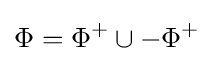
\Phi =\Phi ^{+}\cup -\Phi ^{+}